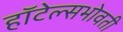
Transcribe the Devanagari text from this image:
हॉटेल्सभोवती